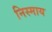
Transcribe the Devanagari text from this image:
निस्माय